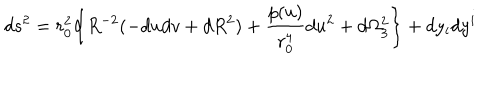
LaTeX: d s ^ { 2 } = r _ { 0 } ^ { 2 } \bigg \{ R ^ { - 2 } ( - d u d v + d R ^ { 2 } ) + { \frac { p ( u ) } { r _ { 0 } ^ { 4 } } } d u ^ { 2 } + d \Omega _ { 3 } ^ { 2 } \biggr \} + d y _ { i } d y ^ { i }